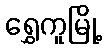
ရွှေကူမြို့